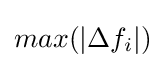
max(|\Delta f_{i}|)